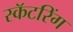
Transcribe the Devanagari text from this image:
स्कॅटरिंग